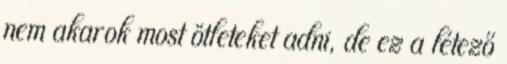
nem akarok most ötleteket adni, de ez a létező